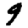
Digit: 9